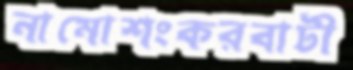
নামোশংকরবাটী